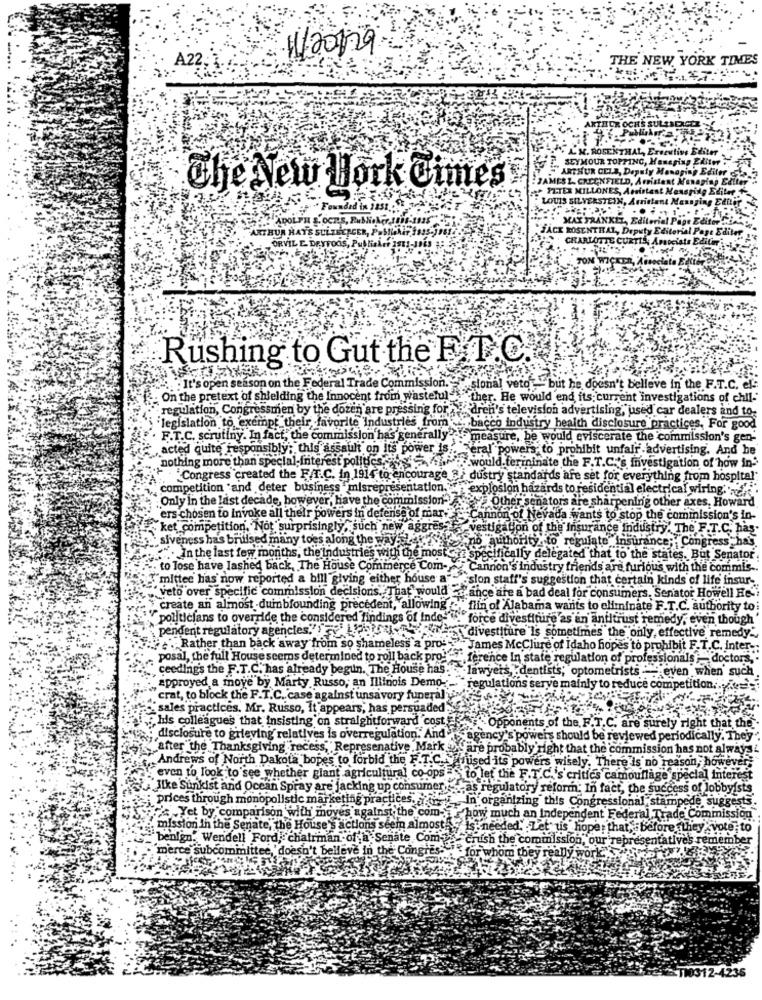
1/20129
A22 :
THE NEW YORK TIMES
THICK OCH'S SUL
LM. ROSENTHAL, Erseutive Editer
SEYMOUR TOPPING, Managing Editor :
ARTHUR CELA, Deputy Managing Editer
Editer
JAMES L. CREENFIELD, AF
The New York Times
PETER N
LLONES
LOUIS SILVERSTEIN, Amistant
Found
ADOLPH S.OCKS, PubNieker Ia
MAX FRANKEL, Editorial
ARTHUR HAYS SUL ZEEPCER, P.S
JACK ROSENTHAL, Deputy Edit
CHARLOTTE CURTIS, AFAD
ORVIL E. DRYFOGS, Publisher as
TON W
Rushing to Gut the F. T.C.
It's open season on the Federal Trade Commission."-"sional veto " but he doesn't believe in the F.T.C. el-
On the pretext of shielding the Innocent from wastelul ther. He would end its: current investigations of chil-
`regulation, Congressmen by the dozen are pressing for , "dreh's television advertising," used car dealers and to-
'legislation to exempt their favorite Industries from bacco industry health disclosure practices, For good
F.T.C. scrutiny. In fact, the commission has generally'de measure, be would eviscerate the commission's gen-
acted quite responsibly; this assault on Its power is .. "eral' powers to prohibit unfair advertising. And he
nothing more than special- friterest politics.this would ferininate the F.T.C.'s Investigation of how in'
"Congress created the F/T.C. in 1914 to encourage 3/ dustry standards afe set for everything from hospital
competition and deter business "misrepresentation. ""explosion hazards to residential electrical wiring ...
Only in the last decade, however, have the commission-
ers chosen to Invoke all their powers in defense of miar-
Other senators are sharpening other axes, Howard
of Nevada wants to stop the commission's in-
ket competition, Not surprisingly, such new aggres?
estigation of the insurance Industry. The F.T.C. pag
siveness has bruised many toes along the way heves
no authority to regulate insurance; Congress has
.In the last few months, the Industries with the most
cifically delegated that to the states. But Senator
to Tose have lashed back, The House Commerce Com-
Cannon's industry friends are furious with the commis -.
"mittee has now reported a bill giving either house a
"sion staff's suggestion that certain kinds of life insur-
"veto over specific commission decisions. That" would'
nce are a bad deal for consumers. Senator Howell He-
create an almost -duinbfounding precedent, allowing
flin of Alabama wants to eliminate F.T.C. authority to
politicians to override the considered findings of Inde-
force divestiture as an antitrust remedy, even though
pendent regulatory agencies." Li
divestiture is sometimes the only, effective remedy"
Rather than back away from so shameless a pro-
McClure of Idaho hopes to prohibit F.T.C. inter -:
posal, the full House seems determined to roll back pro-
ference In state regulation of professionals :- doctors,
"ceeding's the F.T.C. has already begun. The House has."
lawyers, dentists, opt
ometrists - even when such
zpproyed a move by Marty Russo, an Illinois Demo-
regulations serve mainly to reduce competition ..
crat, to block the F.T.C. case against unsavory funeral"
" sales practices, Mr. Russo, It appears, has persuaded
"his colleagues that Insisting on straightforward cost
ely right that the
Opponents of the
disclosure to grieving relatives is overregulation. And
Sagency's p
vers should be re
Jewed
periodically. They
after the Thanksgiving recess," Represenative Mark
are probably
ght th
the commission has not a
WAYEL
Andrews of North Dakota bopes to forbid the F.T.C. mused its po
e is no re
even to look to see whether giant agricultural co-ops "s to let the F.T.C.'s crit
cs camouflage special interest
Ilke Sunkist and Ocean Spray are jacking up consumer.
mensa, as regulatory reform. In fact, the success of lobbyf
prices through monopolistic marketing practices, - In organizing this Congressional, stampede, suggests
Yet by comparison with' moves against the com- how much an Independent Federal Trade Commission
"mission in the Senate, the House's actions seem almostA
,Is: needed. Let" us hope that, before they .vote to
"benign. Wendell Ford, chairman of a Senate Com- chish the commission, our representatives remember
"merce subcommittee,' doesn't belleve in the Congres:"
1 for whom they really work."